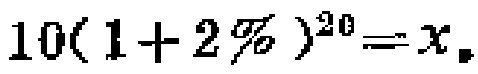
\(10(1 + 2\%)^{20}=x\)